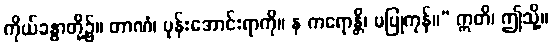
ကိုယ်ခန္ဓာတို့၌။ တာဏံ၊ ပုန်းအောင်းရာကို။ န ကရောန္တိ၊ မပြုကုန်။” ဣတိ၊ ဤသို့။